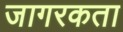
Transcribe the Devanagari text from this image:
जागरकता